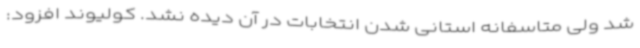
شد ولی متاسفانه استانی شدن انتخابات در آن دیده نشد. کولیوند افزود: